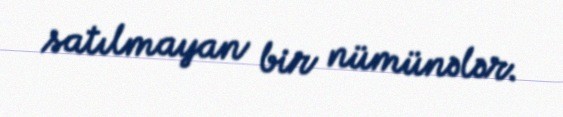
satılmayan bir nümünələr.